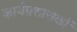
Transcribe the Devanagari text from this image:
कार्यप्रशासकों